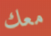
معك